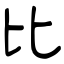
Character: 比